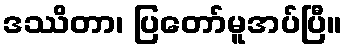
ဒဿိတာ၊ ပြတော်မူအပ်ပြီ။